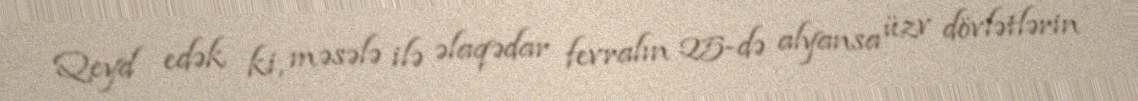
Qeyd edək ki, məsələ ilə əlaqədar fevralın 25-də alyansa üzv dövlətlərin